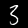
Digit: 3